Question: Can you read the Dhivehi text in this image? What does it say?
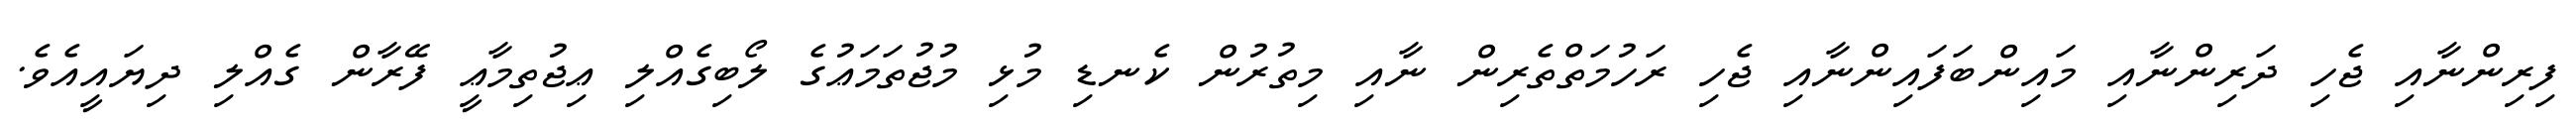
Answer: ފިރިންނާއި ޖެހި ދަރިންނާއި މައިންބަފައިންނާއި ޖެހި ރަހުމަތްތެރިން ނާއި މިތުރުން ކެނޑި މުޅި މުޖުތަމަޢުގެ ލޯބިގެއްލި ޢިޖުތިމާޢީ ފޭރާން ގެއްލި ދިޔައީއެވެ.